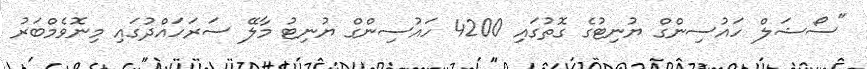
"ސޯޝަލް ހައުސިންގް ޔުނިޓުގެ ގޮތުގައި 4200 ހައުސިންގް ޔުނިޓު މާލޭ ސަރަހައްދުގައި މިނޮވެމްބަރު